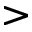
>